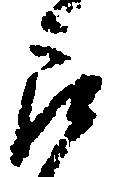
郎